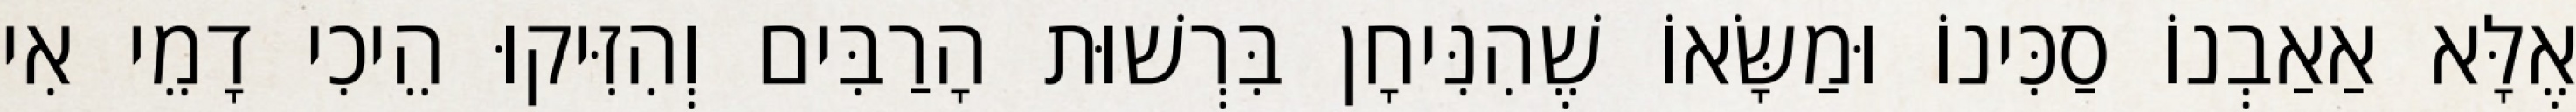
אֶלָּא אַאַבְנוֹ סַכִּינוֹ וּמַשָּׂאוֹ שֶׁהִנִּיחָן בִּרְשׁוּת הָרַבִּים וְהִזִּיקוּ הֵיכִי דָמֵי אִי